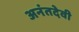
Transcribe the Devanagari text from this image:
अनंतदेवी